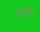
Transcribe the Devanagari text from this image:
आटोपर